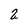
Character: 2